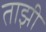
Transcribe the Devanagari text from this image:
ताझी